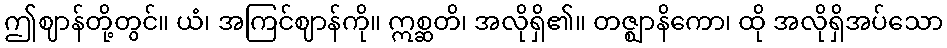
ဤဈာန်တို့တွင်။ ယံ၊ အကြင်ဈာန်ကို။ ဣစ္ဆတိ၊ အလိုရှိ၏။ တဇ္ဈာနိကော၊ ထို အလိုရှိအပ်သော